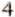
4